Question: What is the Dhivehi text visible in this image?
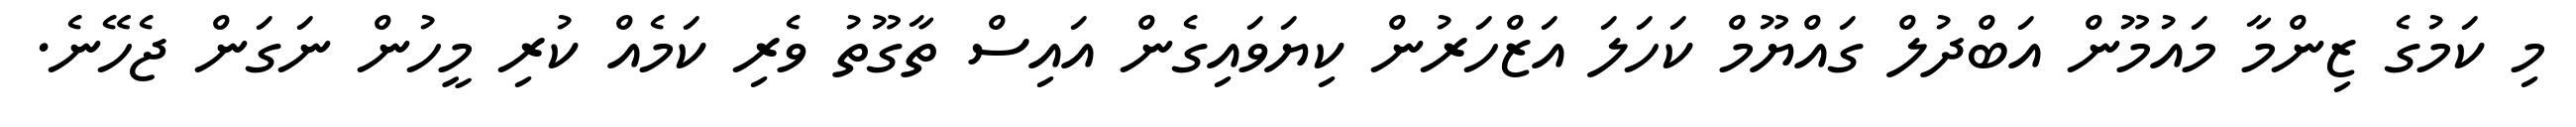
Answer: މި ކަމުގެ ޒިންމާ މައުމޫން އަބްދުލް ގައްޔޫމް ކަހަލަ އަޒްހަރުން ކިޔަވައިގެން އައިސް ތާގޫތު ވެރި ކަމެއް ކުރި މީހުން ނަގަން ޖެހޭނެ.